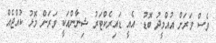
ވެސް ވަރަށް އުއްމީދު ބޮޑު. އެއީ ޑައިރެކްޓަރު ޝިނާންއަކީ ވަރަށް މޮޅު ކުއްޖެއް